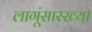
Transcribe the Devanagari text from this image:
लागूंसारख्या